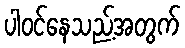
ပါဝင်နေသည့်အတွက်